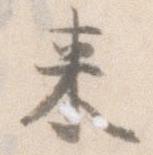
来